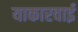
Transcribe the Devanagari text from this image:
याकारवाई